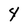
Character: 4